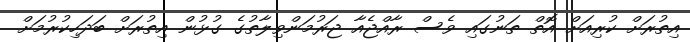
އިތުރަށް ކުރިއަށް އޮތް ތަނުގައި ވެސް ރާއްޖެއާ ޖަރުމަންވިލާތުގެ ގުޅުން އިތުރަށް ބަދަހިކުރުމަށް